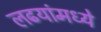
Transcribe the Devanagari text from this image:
लढयांमध्ये